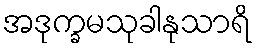
အဒုက္ခမသုခါနုသာရိ